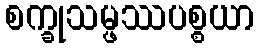
စက္ခုသမ္ဖဿပစ္စယာ